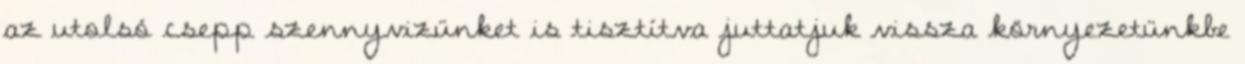
az utolsó csepp szennyvizünket is tisztítva juttatjuk vissza környezetünkbe